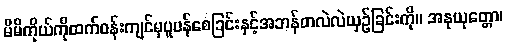
မိမိကိုယ်ကိုထက်ဝန်းကျင်မှပူပန်စေခြင်းနှင့်အဘန်တလဲလဲယှဉ်ခြင်းကို။ အနုယုတ္တော၊